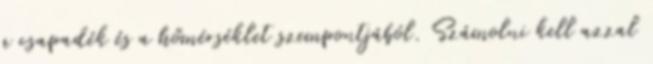
a csapadék és a hőmérséklet szempontjából. Számolni kell azzal